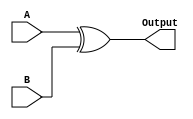
module XOR(A, B, Output);
input[31:0]A;
input[31:0]B;

output reg[31:0]Output;

always@(A, B)
         Output = A ^ B;
endmodule